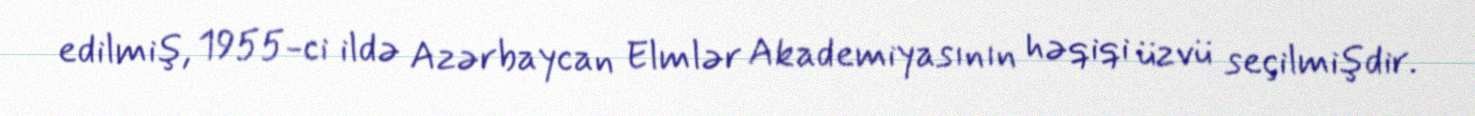
edilmiş, 1955-ci ildə Azərbaycan Elmlər Akademiyasının həqiqi üzvü seçilmişdir.